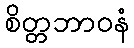
စိတ္တဘာဝနံ